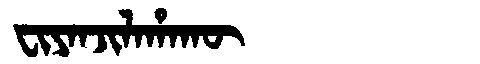
Manchu: ᠸᡳᠶᠠᠨᠵᡳᠯᠠᡥᠠᡴᡡ
Romanization: FIYANJILAHAKŪ